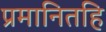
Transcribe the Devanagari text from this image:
प्रमानितहि